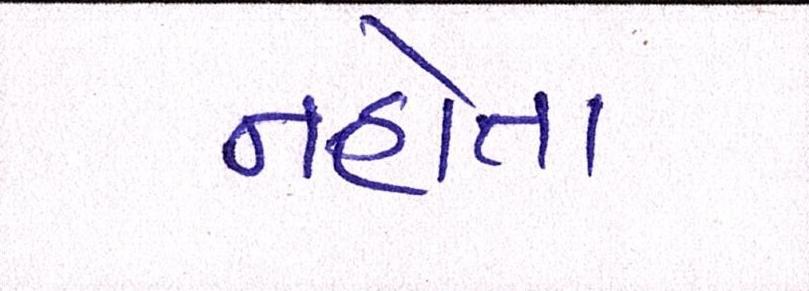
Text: નહોતા